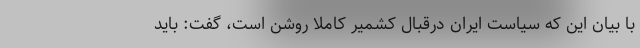
با بیان این که سیاست ایران درقبال کشمیر کاملا روشن است، گفت: باید